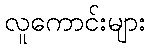
လူကောင်းများ